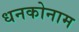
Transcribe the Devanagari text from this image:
धनकोनाम